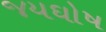
જયઘોષ